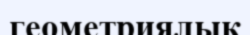
геометриялық